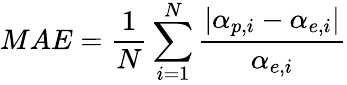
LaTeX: MAE=\frac{1}{N}\sum_{i=1}^{N}\frac{|\alpha_{p,i}-\alpha_{e,i}|}{\alpha_{e,i}}